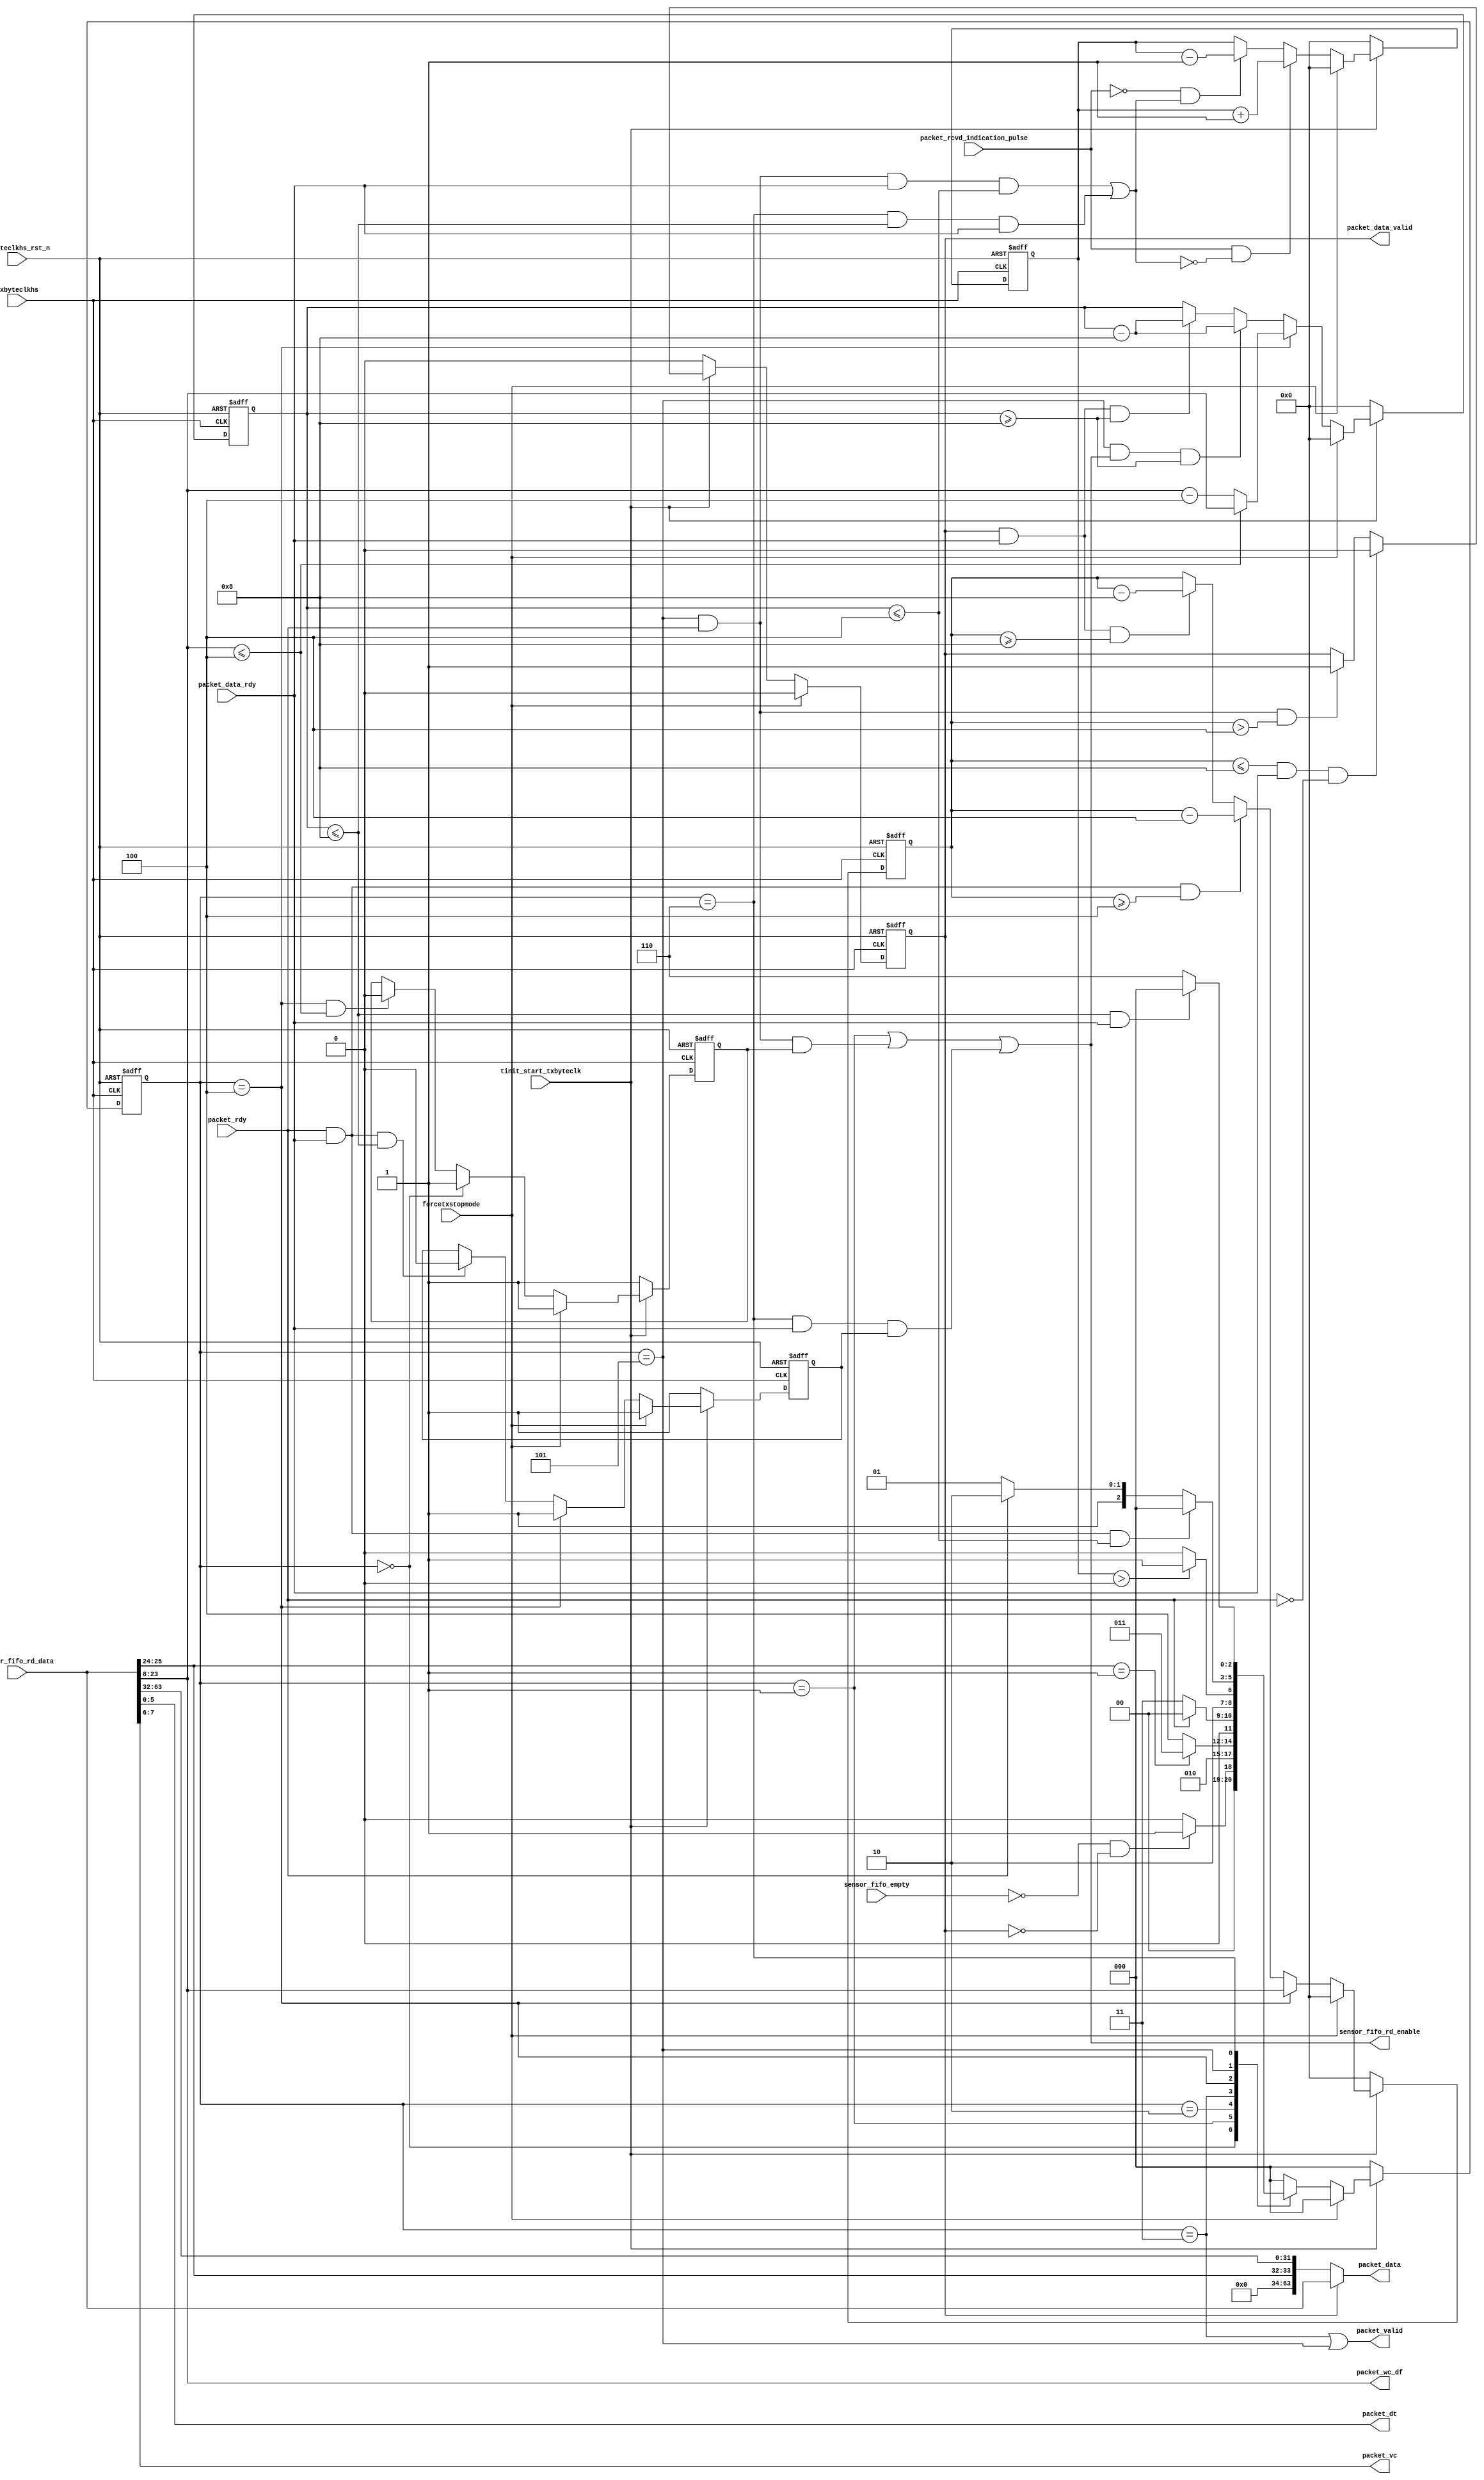
module csi2tx_packet_rdr 
(
 input  wire        txbyteclkhs                   ,
 input  wire        txbyteclkhs_rst_n               ,
 input  wire        packet_rcvd_indication_pulse  ,
 input  wire [63:0] sensor_fifo_rd_data           ,
 output wire        sensor_fifo_rd_enable         ,
 input  wire        tinit_start_txbyteclk         ,
 input  wire        forcetxstopmode               ,
 input  wire        sensor_fifo_empty             , 
 //Packet Interface Signals
 input  wire        packet_rdy                    ,
 input  wire        packet_data_rdy               ,
 output wire        packet_valid                  ,
 output wire [5:0]  packet_dt                     ,
 output wire [1:0]  packet_vc                     ,
 output wire [15:0] packet_wc_df                  ,
 output wire        packet_data_valid             ,
 output wire [63:0] packet_data
 );
 
//------------------------------------------------------------------------------
parameter IDLE               = 3'b000;
parameter FETCH_HDR          = 3'b001;
parameter CHK_HDR            = 3'b010;
parameter VALIDATE_SH_PKT    = 3'b011;
parameter CHK_LONG_PKT       = 3'b100;
parameter VALIDATE_LONG_PKT  = 3'b101;
parameter FIFO_WAIT          = 3'b110;
wire        packet_sent_indication_pulse  ;
reg  [15:0]  pkt_cnt_r                     ;
reg         less_than_8bytes_pkt_rcvd_r   ;
reg         less_than_4bytes_pkt_rcvd_r   ;
reg  [15:0] word_cnt_r                    ;
reg  [15:0] dw_validate_cnt_r             ;
reg         long_pkt_data_valid_r         ; 
reg  [2:0]  cur_state                     ;
//------------------------------------------------------------------------------
assign packet_sent_indication_pulse = (((cur_state == VALIDATE_LONG_PKT) && (packet_rdy == 1'b1) && (packet_data_rdy == 1'b1) && (word_cnt_r <= 16'h4)) |
                                      ((cur_state == FIFO_WAIT) && (word_cnt_r <= 16'h8) && (packet_data_rdy == 1'b1))) ;


//------------------------------------------------------------------------------
// To implement the store and forward mechanisim. The complete packet should
// be ready in the FIFO. Keep a counter to keep track of the same.
// Update the counter once the packet is received from the input sensor and 
// decrement the counter once it is validated to the packet interface
always@(posedge txbyteclkhs or negedge txbyteclkhs_rst_n) begin
 if (txbyteclkhs_rst_n == 1'b0)
  pkt_cnt_r <= 16'b0;
 else if (tinit_start_txbyteclk == 1'b0)
  pkt_cnt_r <= 16'b0;
 else if (forcetxstopmode == 1'b1)
  pkt_cnt_r <= 16'b0;
 else if ((packet_rcvd_indication_pulse == 1'b1) && (packet_sent_indication_pulse == 1'b0))
  pkt_cnt_r <= pkt_cnt_r + 1'b1;
 else if ((packet_rcvd_indication_pulse == 1'b0) && (packet_sent_indication_pulse == 1'b1))  
  pkt_cnt_r <= pkt_cnt_r - 1'b1;
end

//------------------------------------------------------------------------------
// Statemachine to control the data flow to packet interface
always@(posedge txbyteclkhs or negedge txbyteclkhs_rst_n) begin
 if (txbyteclkhs_rst_n == 1'b0)
  cur_state <= IDLE;
 else if (tinit_start_txbyteclk == 1'b0)
  cur_state <= IDLE;
 else if (forcetxstopmode == 1'b1)
  cur_state <= IDLE;
 else 
  case (cur_state)
   IDLE : begin
    // When ever the FIFO is non-empty and read out the data and validate to
    // packet interface and also check that no previous data is getting validated
     if ((sensor_fifo_empty == 1'b0) && (long_pkt_data_valid_r == 1'b0))
      cur_state <= FETCH_HDR;
     else
      cur_state <= IDLE;
   end
   //
   FETCH_HDR : begin
    cur_state <= CHK_HDR;
   end
   //
   CHK_HDR : begin
    if (sensor_fifo_rd_data[25:24] == 2'b01)
     cur_state <= VALIDATE_SH_PKT;
    else
     cur_state <= CHK_LONG_PKT;
   end
   //
   VALIDATE_SH_PKT : begin
    if (packet_rdy == 1'b1)
     cur_state <= IDLE;
    else
     cur_state <= VALIDATE_SH_PKT;
   end
   //
   CHK_LONG_PKT : begin
    if (pkt_cnt_r > 16'h0)
     cur_state <= VALIDATE_LONG_PKT;
    else
     cur_state <=CHK_LONG_PKT;
   end
   //
   VALIDATE_LONG_PKT : begin
    // if the received packet size is less than 4, the packet will be validated
    // along with the header so move to IDLE directly
    if ((packet_rdy == 1'b1) && (packet_data_rdy == 1'b1) && (word_cnt_r <= 16'h4))
     cur_state <= IDLE;
    else if (packet_rdy == 1'b1)
     cur_state <= FIFO_WAIT;
    else
     cur_state <= VALIDATE_LONG_PKT;
   end
   //
   FIFO_WAIT : begin
    if ((word_cnt_r <= 16'h8) && (packet_data_rdy == 1'b1))
     cur_state <= IDLE;
    else
     cur_state <= FIFO_WAIT;
   end
   //
   default : cur_state <= IDLE;
  endcase   
end

assign sensor_fifo_rd_enable = (cur_state == FETCH_HDR) | ((cur_state == VALIDATE_LONG_PKT) && (packet_rdy == 1'b1) && (less_than_4bytes_pkt_rcvd_r == 1'b1)) | 
                               ((cur_state == FIFO_WAIT) && (packet_data_rdy == 1'b1) && (less_than_8bytes_pkt_rcvd_r == 1'b1));
                          
//------------------------------------------------------------------------------
// This signal is to de-press the read if the received backet is <= 4 bytes
// this is reset when other new long packet is detected
always@(posedge txbyteclkhs or negedge txbyteclkhs_rst_n) begin
 if ( txbyteclkhs_rst_n == 1'b0 )
  less_than_8bytes_pkt_rcvd_r <= 1'b1;
 else if (tinit_start_txbyteclk == 1'b0)
  less_than_8bytes_pkt_rcvd_r <= 1'b1;
 else if (forcetxstopmode == 1'b1)
  less_than_8bytes_pkt_rcvd_r <= 1'b1;
 else if ( cur_state == CHK_LONG_PKT )
  less_than_8bytes_pkt_rcvd_r <= 1'b1;
 // when validating the packet, check whther next read is required or not, because
 // the data is read one clock early
 else if ( (packet_rdy == 1'b1) && (packet_data_rdy == 1'b1) && (word_cnt_r <= 16'h8))
  less_than_8bytes_pkt_rcvd_r <= 1'b0;
end

//------------------------------------------------------------------------------
// This signal is to de-press the read if the received backet is <= 4 bytes
// when the state is validate_long_pkt
always@(posedge txbyteclkhs or negedge txbyteclkhs_rst_n) begin
 if ( txbyteclkhs_rst_n == 1'b0 )
  less_than_4bytes_pkt_rcvd_r <= 1'b1;
 else if (tinit_start_txbyteclk == 1'b0)
  less_than_4bytes_pkt_rcvd_r <= 1'b1;
 else if (forcetxstopmode == 1'b1)
  less_than_4bytes_pkt_rcvd_r <= 1'b1;
 else if (cur_state == IDLE)
  less_than_4bytes_pkt_rcvd_r <= 1'b1;
 else if ( (cur_state == CHK_LONG_PKT) && (sensor_fifo_rd_data[23:8] <= 16'h4))
  less_than_4bytes_pkt_rcvd_r <= 1'b0;
end


//------------------------------------------------------------------------------
// Latch the word count  and decrement it for every read
always@(posedge txbyteclkhs or negedge txbyteclkhs_rst_n) begin
 if ( txbyteclkhs_rst_n == 1'b0 )
  word_cnt_r <= 16'b0;
 else if (tinit_start_txbyteclk == 1'b0)
  word_cnt_r <= 16'b0;
 else if (forcetxstopmode == 1'b1)
  word_cnt_r <= 16'b0;
 else if ( cur_state == CHK_LONG_PKT )
   if (sensor_fifo_rd_data[23:8] <= 16'h4)
     word_cnt_r <= sensor_fifo_rd_data[23:8];
   else
     // -4 is substract as along with the header, 4bytes of payload
   // is also read out
     word_cnt_r <= sensor_fifo_rd_data[23:8] - 4'b0100;
 // decrement is not needed for small packet less than 4 bytes
 else if ( (cur_state == VALIDATE_LONG_PKT) && (sensor_fifo_rd_enable == 1'b1) && (word_cnt_r >= 16'h8))
  word_cnt_r <= word_cnt_r - 16'h8;
 else if ( (long_pkt_data_valid_r == 1'b1) && (packet_data_rdy == 1'b1) && (word_cnt_r >= 16'h8) )
  word_cnt_r <= word_cnt_r - 16'h8;
end    


//------------------------------------------------------------------------------
// Latch the word count  and decrement it for every read
always@(posedge txbyteclkhs or negedge txbyteclkhs_rst_n) begin
 if ( txbyteclkhs_rst_n == 1'b0 )
  dw_validate_cnt_r <= 16'b0;
 else if (tinit_start_txbyteclk == 1'b0)
  dw_validate_cnt_r <= 16'b0;
 else if (forcetxstopmode == 1'b1)
  dw_validate_cnt_r <= 16'b0;   
 else if ( cur_state == CHK_LONG_PKT )
  dw_validate_cnt_r <= sensor_fifo_rd_data[23:8];
 else if ( (packet_rdy == 1'b1) && (packet_data_rdy == 1'b1) && (dw_validate_cnt_r >= 16'h4) )
  dw_validate_cnt_r <= dw_validate_cnt_r - 16'h4;
 else if ( (long_pkt_data_valid_r == 1'b1) && (packet_data_rdy == 1'b1) && (dw_validate_cnt_r >= 16'h8) )
  dw_validate_cnt_r <= dw_validate_cnt_r - 16'h8;
end

//------------------------------------------------------------------------------
// The following section of the code includes the logic releated to
// packet interface                                                                                        
                
assign packet_valid = (cur_state == VALIDATE_SH_PKT) | (cur_state == VALIDATE_LONG_PKT) ; 
assign packet_dt    =  sensor_fifo_rd_data[5:0];
assign packet_vc    =  sensor_fifo_rd_data[7:6];
assign packet_wc_df =  sensor_fifo_rd_data[23:8];
 
// Long packet data valid generation
always@(posedge txbyteclkhs or negedge txbyteclkhs_rst_n ) begin
 if ( txbyteclkhs_rst_n == 1'b0 )
  long_pkt_data_valid_r <= 1'b0;
 else if (forcetxstopmode == 1'b1) 
  long_pkt_data_valid_r <= 1'b0;   
 else if (tinit_start_txbyteclk == 1'b0)
  long_pkt_data_valid_r <= 1'b0;
 //for smaller packet where the length is less than 4-bytes, the packet_rdy is
 // a must
 else if ( (dw_validate_cnt_r <= 16'h8) && (packet_data_rdy == 1'b1) && (packet_rdy == 1'b0) )
  long_pkt_data_valid_r <= 1'b0;
 else if ((cur_state == VALIDATE_LONG_PKT) && (packet_rdy == 1'b1) && (dw_validate_cnt_r > 16'h4))
  long_pkt_data_valid_r <= 1'b1;
end
 
assign packet_data_valid = long_pkt_data_valid_r;
assign packet_data       = long_pkt_data_valid_r ? sensor_fifo_rd_data : {30'b0,sensor_fifo_rd_data[25:24],sensor_fifo_rd_data[63:32]};

// End of logic related to packet interface                                                 
//------------------------------------------------------------------------------                     

endmodule